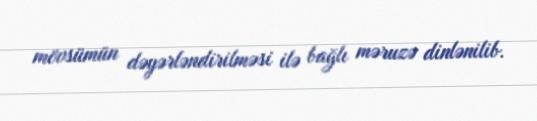
mövsümün dəyərləndirilməsi ilə bağlı məruzə dinlənilib.